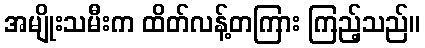
အမျိုးသမီးက ထိတ်လန့်တကြား ကြည့်သည်။